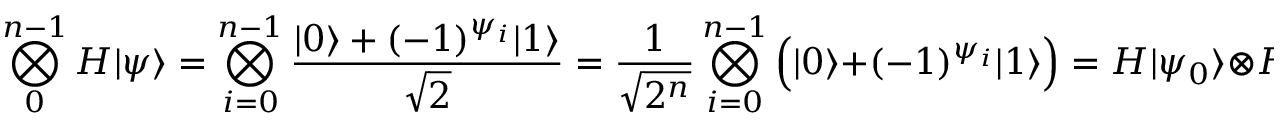
\bigotimes _ { 0 } ^ { n - 1 } H | \psi \rangle = \bigotimes _ { i = 0 } ^ { n - 1 } { \frac { | 0 \rangle + ( - 1 ) ^ { \psi _ { i } } | 1 \rangle } { \sqrt { 2 } } } = { \frac { 1 } { \sqrt { 2 ^ { n } } } } \bigotimes _ { i = 0 } ^ { n - 1 } { \Big ( } | 0 \rangle + ( - 1 ) ^ { \psi _ { i } } | 1 \rangle { \Big ) } = H | \psi _ { 0 } \rangle \otimes H | \psi _ { 1 } \rangle \otimes \cdots \otimes H | \psi _ { n - 1 } \rangle